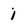
Character: i